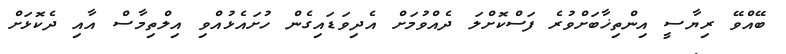
ބޭއްވޭ ރިޔާސީ އިންތިޚާބަށްވުރެ ފަސްކޮށްލަ ދެއްވުމަށް އެދިވަޑައިގެން ހުށައެޅުއްވި އިލްތިމާސް އާއި ދެކޮޅަށް